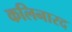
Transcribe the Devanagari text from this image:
कलिनारद